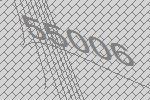
55006